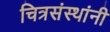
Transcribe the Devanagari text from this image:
चित्रसंस्थांनी